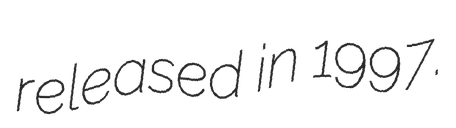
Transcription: released in 1997.